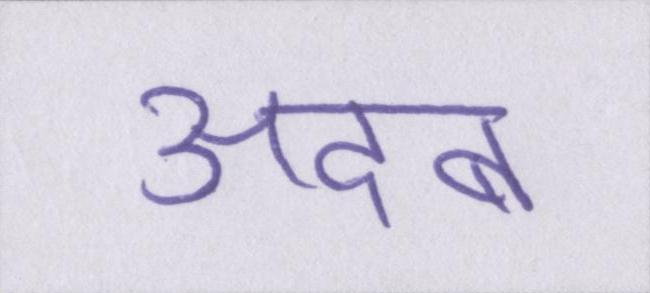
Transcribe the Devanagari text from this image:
अदब